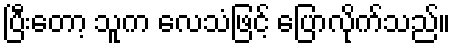
ပြီးတော့ သူက လေသံဖြင့် ပြောလိုက်သည်။